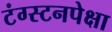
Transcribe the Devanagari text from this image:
टंग्स्टनपेक्षा